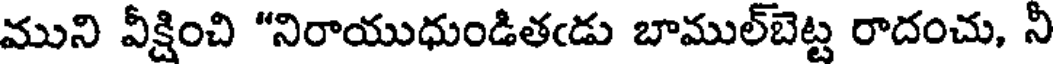
ముని వీక్షించి "నిరాయుధుండితఁడు బాముల్బెట్ట రాదంచు, నీ